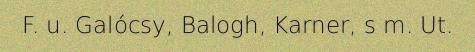
F. u. Galócsy, Balogh, Karner, s m. Ut.